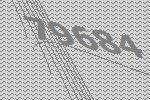
79684